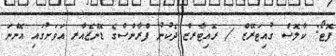
ފޮޓޯ: ކާލޮސް ގުއިޓަރޭޒް / ރޮއިޓާރޒް ދެކުނު ފްރާންސްގެ ޑޮންޒެއާރ އަވަށުގައި އޮންނަ